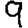
Digit: 9